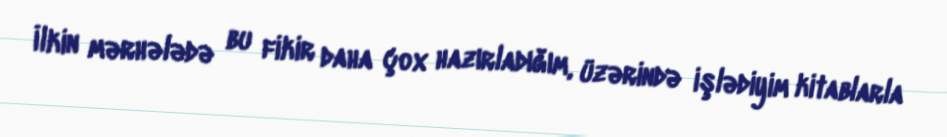
İlkin mərhələdə bu fikir daha çox hazırladığım, üzərində işlədiyim kitablarla